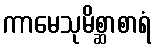
ကာမေသုမိစ္ဆာစာရံ